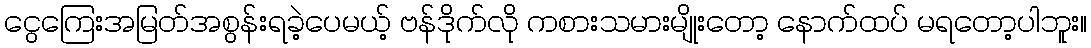
ငွေကြေးအမြတ်အစွန်းရခဲ့ပေမယ့် ဗန်ဒိုက်လို ကစားသမားမျိုးတော့ နောက်ထပ် မရတော့ပါဘူး။